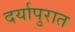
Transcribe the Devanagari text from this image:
दर्यापुरात